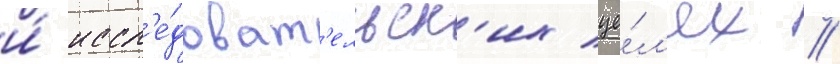
и́ иссл'е́доват'ельск'их це́л'ях //